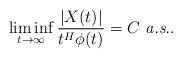
LaTeX: \begin{align*}\liminf_{t \to \infty}\frac{|X(t)|}{t^H\phi(t)} = C \mbox{ {\em a.s.}}.\end{align*}